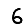
Digit: 6